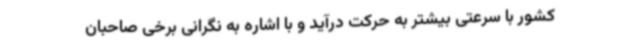
کشور با سرعتی بیشتر به حرکت درآید و با اشاره به نگرانی برخی صاحبان